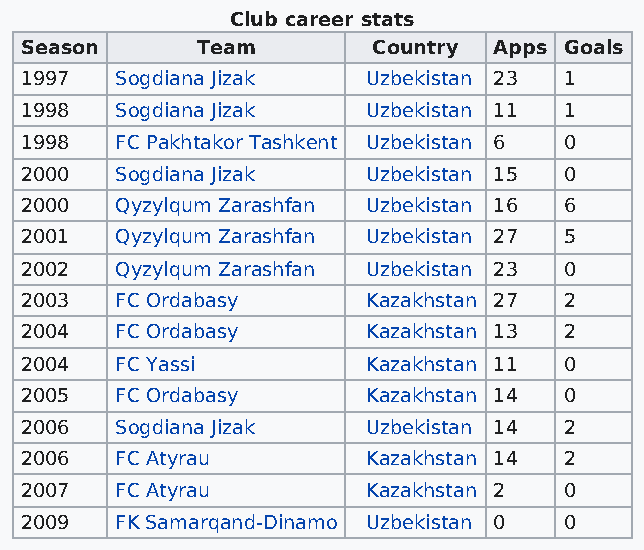
Club career stats
 Season      Team        Country Apps Goals
 1997   Sogdiana Jizak  Uzbekistan 23 1
 1998   Sogdiana Jizak  Uzbekistan 11 1
 1998   FC Pakhtakor Tashkent Uzbekistan 6 0
 2000   Sogdiana Jizak  Uzbekistan 15 0
 2000   Qyzylqum Zarashfan Uzbekistan 16 6
 2001   Qyzylqum Zarashfan Uzbekistan 27 5
 2002   Qyzylqum Zarashfan Uzbekistan 23 0
 2003   FC Ordabasy     Kazakhstan 27 2
 2004   FC Ordabasy     Kazakhstan 13 2
 2004   FC Yassi        Kazakhstan 11 0
 2005   FC Ordabasy     Kazakhstan 14 0
 2006   Sogdiana Jizak  Uzbekistan 14 2
 2006   FC Atyrau       Kazakhstan 14 2
 2007   FC Atyrau       Kazakhstan 2 0
 2009   FK Samarqand-Dinamo Uzbekistan 0 0